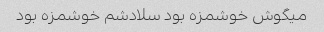
میگوش خوشمزه بود سلادشم خوشمزه بود